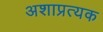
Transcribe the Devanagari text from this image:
अशाप्रत्यक